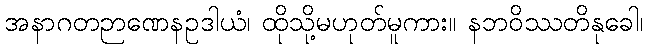
အနာဂတဉာဏေနဥဒါယံ၊ ထိုသို့မဟုတ်မူကား။ နဘဝိဿတိနုခေါ၊